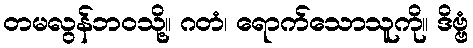
တမလွန်ဘဝသို့။ ဂတံ၊ ရောက်သောသူကို။ ဒိဗ္ဗံ